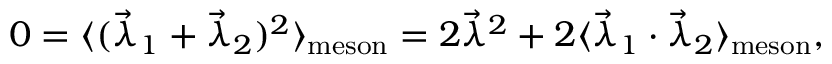
0 = \langle ( \vec { \lambda } _ { 1 } + \vec { \lambda } _ { 2 } ) ^ { 2 } \rangle _ { \mathrm { m e s o n } } = 2 \vec { \lambda } ^ { 2 } + 2 \langle \vec { \lambda } _ { 1 } \cdot \vec { \lambda } _ { 2 } \rangle _ { \mathrm { m e s o n } } ,